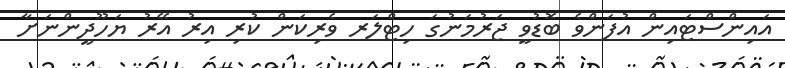
އައިންސްޓައިން އުފަންވެ ބޮޑުވީ ޖަރުމަނުގަ ހިޓްލަރ ވެރިކަން ކުރި އިރު އޭރު ޔަހޫދީންނަށާ